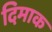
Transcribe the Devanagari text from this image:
दिमाक